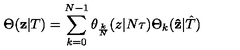
\Theta ( { \bf z } | T ) = \sum _ { k = 0 } \sp { N - 1 } \theta _ { \frac { k } { N } } ( z | N \tau ) \Theta _ { k } ( { \bf \hat { z } } | { \hat { T } } )